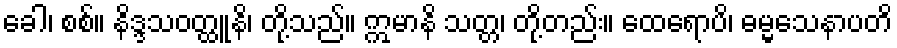
ခေါ၊ စစ်။ နိဒ္ဒသဝတ္ထူနိ၊ တို့သည်။ ဣမာနိ သတ္တ၊ တို့တည်း။ ထေရောပိ၊ ဓမ္မသေနာပတိ